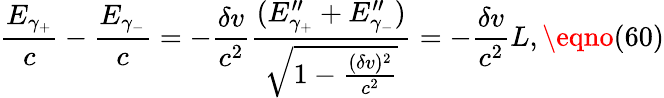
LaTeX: \frac{E_{\gamma_{+}}}c-\frac{E_{\gamma_{-}}}c=-\frac{\delta v}{c^{2}}\frac{(E_{\gamma_{+}}^{\prime\prime}+E_{\gamma_{-}}^{\prime\prime})}{\sqrt{1-\frac{(\delta v)^{2}}{c^{2}}}}=-\frac{\delta v}{c^{2}}L,\eqno(60)